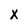
Character: X